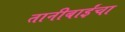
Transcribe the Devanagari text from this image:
तानीबाईंचा